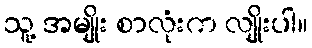
သူ့ အမျိုး စာလုံးက လျိုးပါ။